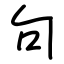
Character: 句